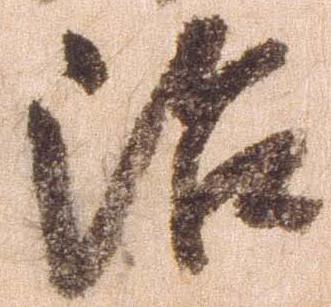
治